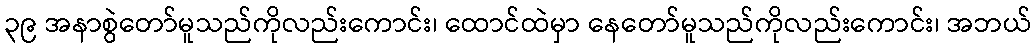
၃၉ အနာစွဲတော်မူသည်ကိုလည်းကောင်း၊ ထောင်ထဲမှာ နေတော်မူသည်ကိုလည်းကောင်း၊ အဘယ်